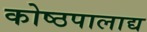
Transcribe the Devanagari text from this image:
कोष्ठपालाद्य